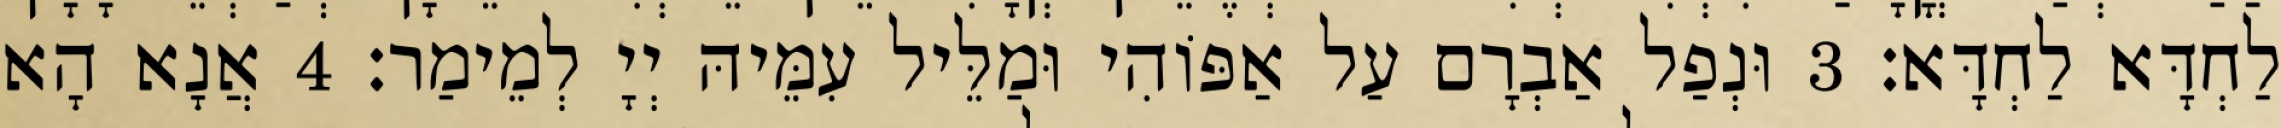
לַחְדָּא לַחְדָּא׃ 3 וּנְפַל אַבְרָם עַל אַפּוֹהִי וּמַלֵּיל עִמֵּיהּ יְיָ לְמֵימַר׃ 4 אֲנָא הָא